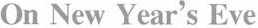
On New Year's Eve